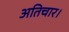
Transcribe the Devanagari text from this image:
अतिचार।